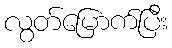
လွတ်မြောက်ပြီး